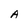
Character: A